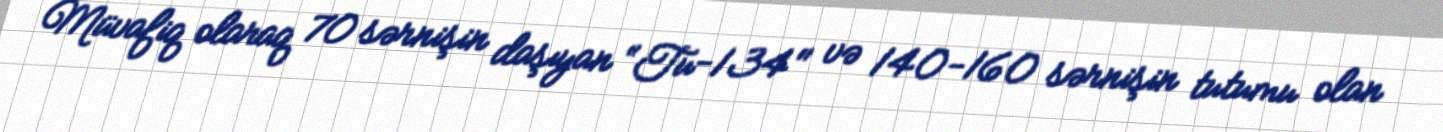
Müvafiq olaraq 70 sərnişin daşıyan “Tu-134" və 140-160 sərnişin tutumu olan